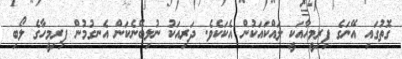
ގޮތުގައި އޭނަގެ ފިރިމީހާއަކީ ލައްކައަކުން އެކަކެވެ. ދަރިއަކު ނުލިބޭނެކަން އެނގުމުން ފިރިމީހާގެ ލޯބި